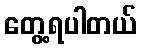
တွေ့ရပါတယ်